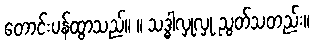
တောင်းပန်ထွာသည်။ ။ သဒ္ဓါလှုလှု ညွတ်သတည်း။